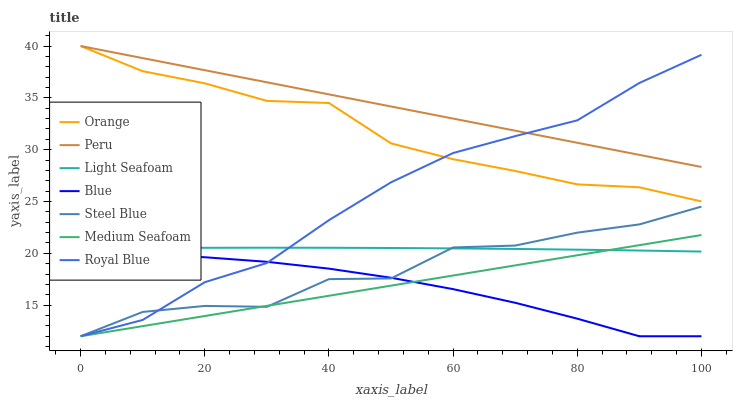
| xaxis_label | Orange | Peru | Light Seafoam | Blue | Steel Blue | Medium Seafoam | Royal Blue |
 | --- | --- | --- | --- | --- | --- | --- | --- |
 | 0 | 40 | 40 | 20.5 | 19.9 | 12 | 12 | 12 |
 | 10 | 37.6 | 38.8 | 20.5 | 19.8 | 14.3 | 13 | 13.6 |
 | 20 | 36.4 | 37.7 | 20.5 | 19.6 | 14.9 | 14 | 17.2 |
 | 30 | 34.7 | 36.5 | 20.5 | 19.2 | 14.8 | 14.9 | 19.1 |
 | 40 | 34.5 | 35.3 | 20.5 | 18.5 | 17.5 | 15.9 | 23.2 |
 | 50 | 30.6 | 34.2 | 20.5 | 17.6 | 17.6 | 16.9 | 26.9 |
 | 60 | 29.1 | 33 | 20.5 | 16.5 | 20.6 | 17.9 | 29.7 |
 | 70 | 27.9 | 31.8 | 20.4 | 15.2 | 20.7 | 18.8 | 31.3 |
 | 80 | 26.7 | 30.7 | 20.4 | 13.7 | 22 | 19.8 | 32.8 |
 | 90 | 26.4 | 29.5 | 20.3 | 12 | 22.8 | 20.8 | 36.4 |
 | 100 | 25 | 28.3 | 20.2 | 12 | 24.5 | 21.8 | 39.2 |